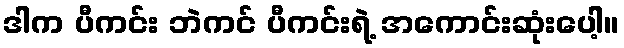
ဒါက ပီကင်း ဘဲကင် ပီကင်းရဲ့ အကောင်းဆုံးပေါ့။